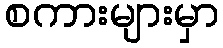
စကားများမှာ